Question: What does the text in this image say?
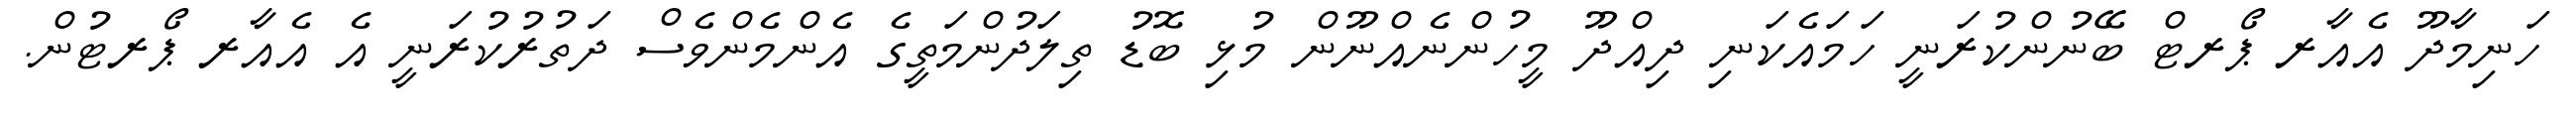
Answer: ހަނިމާދޫ އެއާރ ޕޯރޓް ބޭނުންކުރަނީ ހަމައެކަނި ދިއްދޫ މީހުންނެއްނޫން މުޅި ބޮޑު ތިލަދުންމަތީގެ އެންމެންވެސް ދަތުރުކުރަނީ އެ އެއާރ ޕޯރޓުން.